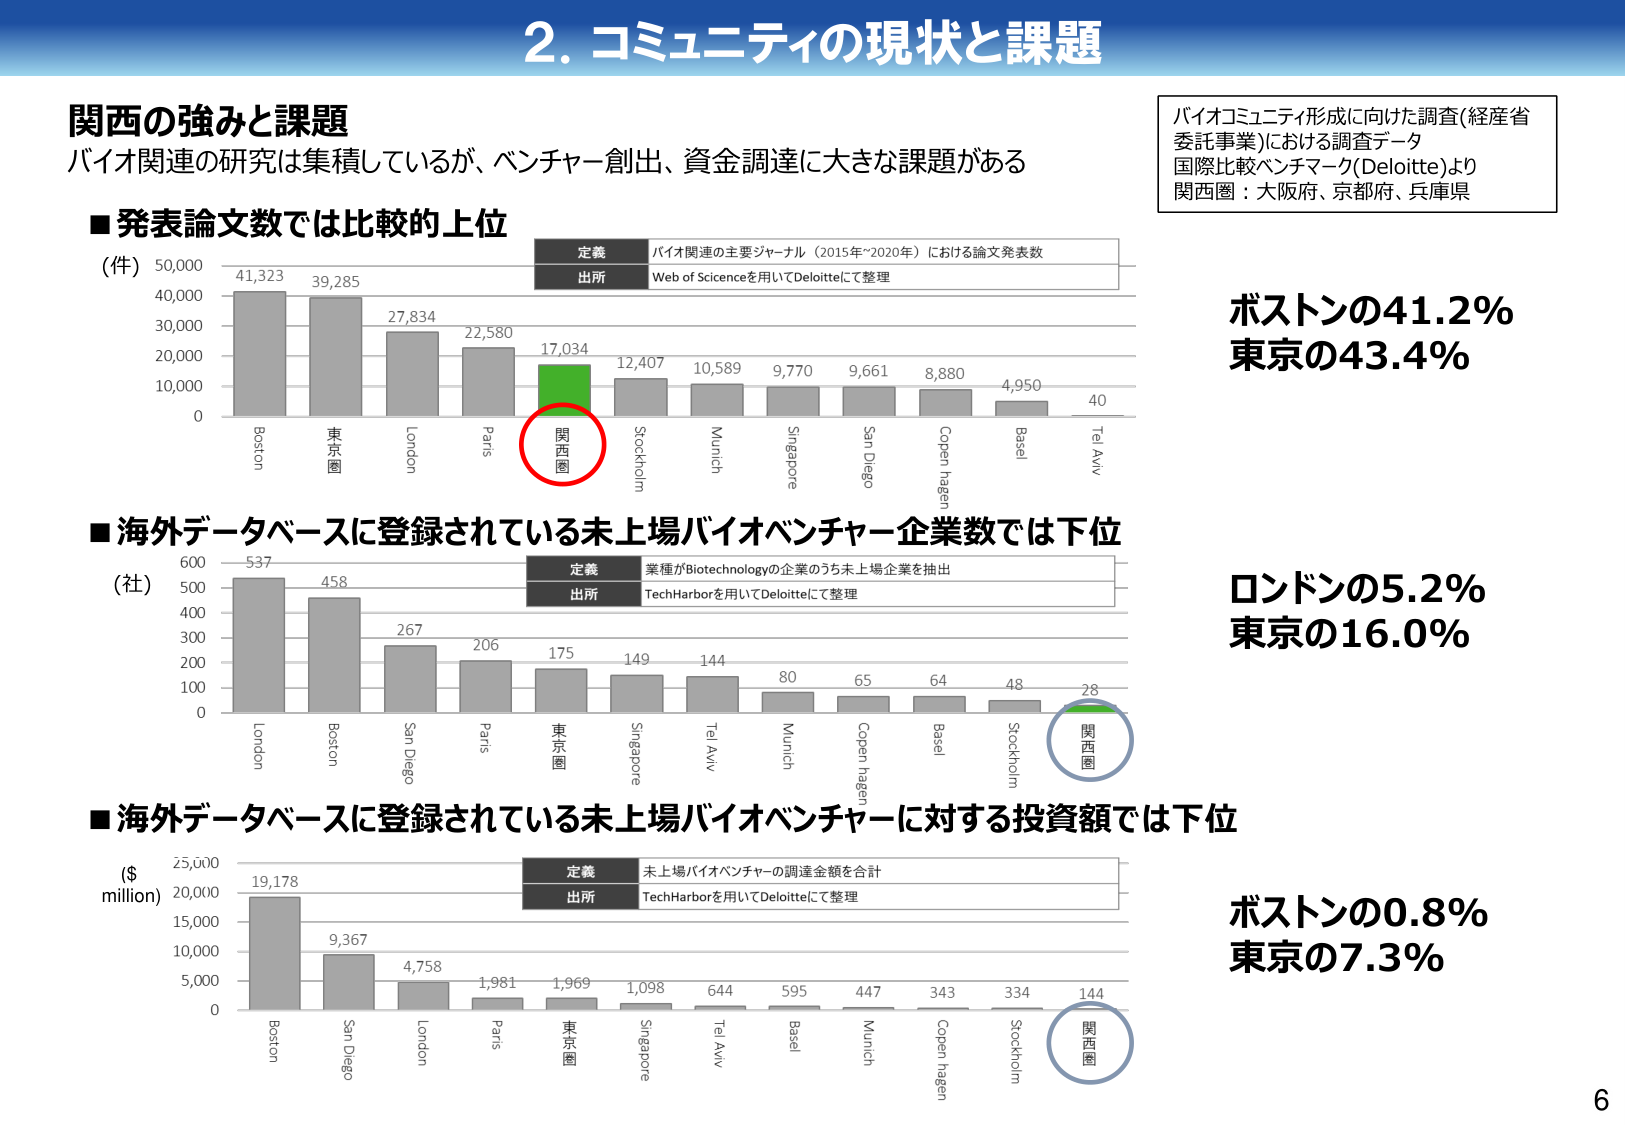
2. コミュニティの現状と課題

関西の強みと課題
バイオ関連の研究は集積しているが、ベンチャー創出、資金調達に大きな課題がある

■発表論文数では比較的上位
（件）50,000
40,000
30,000
20,000
10,000
0
41,323
39,285
27,834
22,580
17,034
12,407
10,589
9,770
9,661
8,880
4,950
40
Boston
東京圏
London
Paris
関西圏
Stockholm
Munich
Singapore
San Diego
Copenhagen
Basel
Tel Aviv

定義 バイオ関連の主要ジャーナル（2015年～2020年）における論文発表数
出所 Web of Scienceを用いてDeloitteにて整理

■海外データベースに登録されている未上場バイオベンチャー企業数では下位
（社）600
500
400
300
200
100
0
537
458
267
206
175
149
144
80
65
64
48
28
London
Boston
San Diego
Paris
東京圏
Singapore
Tel Aviv
Munich
Copenhagen
Basel
Stockholm
関西圏

定義 業種がBiotechnologyの企業のうち未上場企業を抽出
出所 TechHarborを用いてDeloitteにて整理

■海外データベースに登録されている未上場バイオベンチャーに対する投資額では下位
（$ million）25,000
20,000
15,000
10,000
5,000
0
19,178
9,367
4,758
1,981
1,969
1,098
644
595
447
343
334
144
Boston
San Diego
London
Paris
東京圏
Singapore
Tel Aviv
Basel
Munich
Copenhagen
Stockholm
関西圏

定義 未上場バイオベンチャーの調達金額を合計
出所 TechHarborを用いてDeloitteにて整理

バイオコミュニティ形成に向けた調査（経産省委託事業）における調査データ
国際比較ベンチマーク（Deloitte）より
関西圏：大阪府、京都府、兵庫県

ボストンの41.2%
東京の43.4%

ロンドンの5.2%
東京の16.0%

ボストンの0.8%
東京の7.3%

6